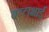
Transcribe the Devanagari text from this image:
बल्लभाई